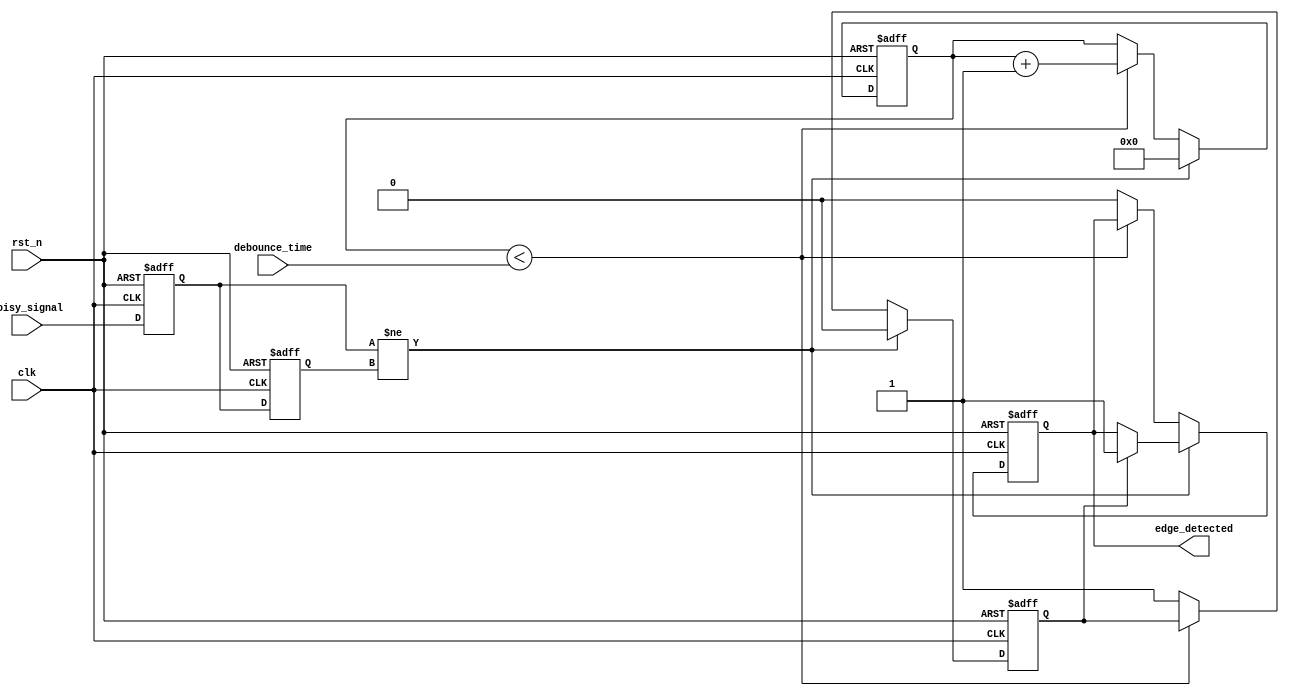
module debounced_edge_detector (
    input wire clk,              // Clock signal
    input wire rst_n,            // Active low reset
    input wire noisy_signal,      // Noisy input signal (e.g., from a switch)
    input wire [N-1:0] debounce_time,  // Configurable debounce time in clock cycles
    output reg edge_detected      // Output signal indicating edge presence
);
    parameter N = 8;               // Width of the debounce time counter

    reg [N-1:0] debounce_counter; // Counter for debounce timer
    reg current_state;             // Current state of the input signal
    reg previous_state;            // Previous state of the input signal
    reg debounce_valid;            // Indicates if the debounce period is satisfied

    // State update logic
    always @(posedge clk or negedge rst_n) begin
        if (!rst_n) begin
            current_state <= 0;
            previous_state <= 0;
            debounce_counter <= 0;
            edge_detected <= 0;
            debounce_valid <= 0;
        end else begin
            current_state <= noisy_signal;

            // Edge detection logic
            if (current_state != previous_state) begin
                // Signal has changed
                debounce_counter <= 0;  // Reset counter
                if (debounce_valid) begin
                    // If previously valid, register edge detection
                    edge_detected <= 1;
                end
                debounce_valid <= 0; // Reset valid flag
            end else if (debounce_counter < debounce_time) begin
                debounce_counter <= debounce_counter + 1;
            end else begin
                // Debounce period has been valid
                debounce_valid <= 1;
                edge_detected <= 0; // Clear edge detection until next transition
            end

            // Update previous state
            previous_state <= current_state;
        end
    end
endmodule